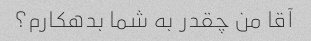
آقا من چقدر به شما بدهکارم؟